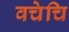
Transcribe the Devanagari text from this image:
वचेचि